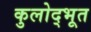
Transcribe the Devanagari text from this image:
कुलोद्‌भूत